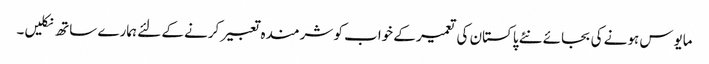
مایوس ہونے کی بجائے نئے پاکستان کی تعمیر کے خواب کو شرمندہ تعبیر کرنے کے لئے ہمارے ساتھ نکلیں۔